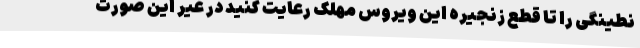
نطینگی را تا قطع زنجیره این ویروس مهلک رعایت کنید در غیر این صورت